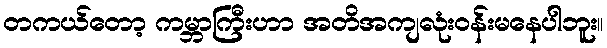
တကယ်တော့ ကမ္ဘာကြီးဟာ အတိအကျလုံးဝန်းမနေပါဘူး။